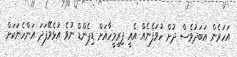
އަހަރެން އަބަދުވެސް ދުށް ހުވަފެނެއް އެއީ ފިރިމީހާއަށް ޑިޕެންޑް ނުވެ އުޅެވޭފަދަ އަންހެނަކަށް